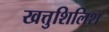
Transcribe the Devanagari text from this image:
खत्तुशिलिश